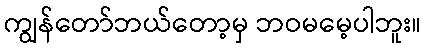
ကျွန်တော်ဘယ်တော့မှ ဘဝမမေ့ပါဘူး။